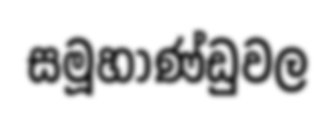
සමූහාණ්ඩුවල